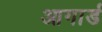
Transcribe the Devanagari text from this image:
आगार्ड